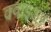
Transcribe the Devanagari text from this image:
क्वाइअर